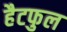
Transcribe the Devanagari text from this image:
हैटफुल